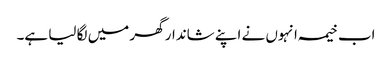
اب خیمہ انہوں نے اپنے شاندار گھر میں لگا لیا ہے۔